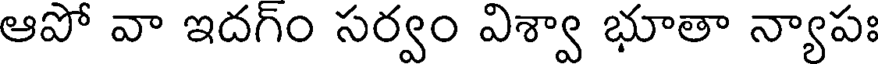
ఆపో వా ఇదగ్ం సర్వం విశ్వా భూతా న్యాపః